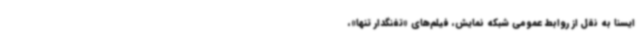
ایسنا به نقل از روابط عمومی شبکه نمایش، فیلم‌های «تفنگدار تنها»،